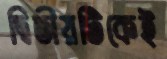
দ্বিতীয়টিকেই